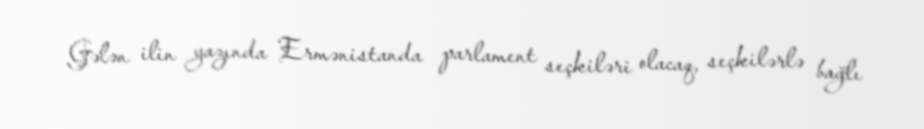
Gələn ilin yazında Ermənistanda parlament seçkiləri olacaq, seçkilərlə bağlı